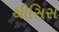
થીસિસ